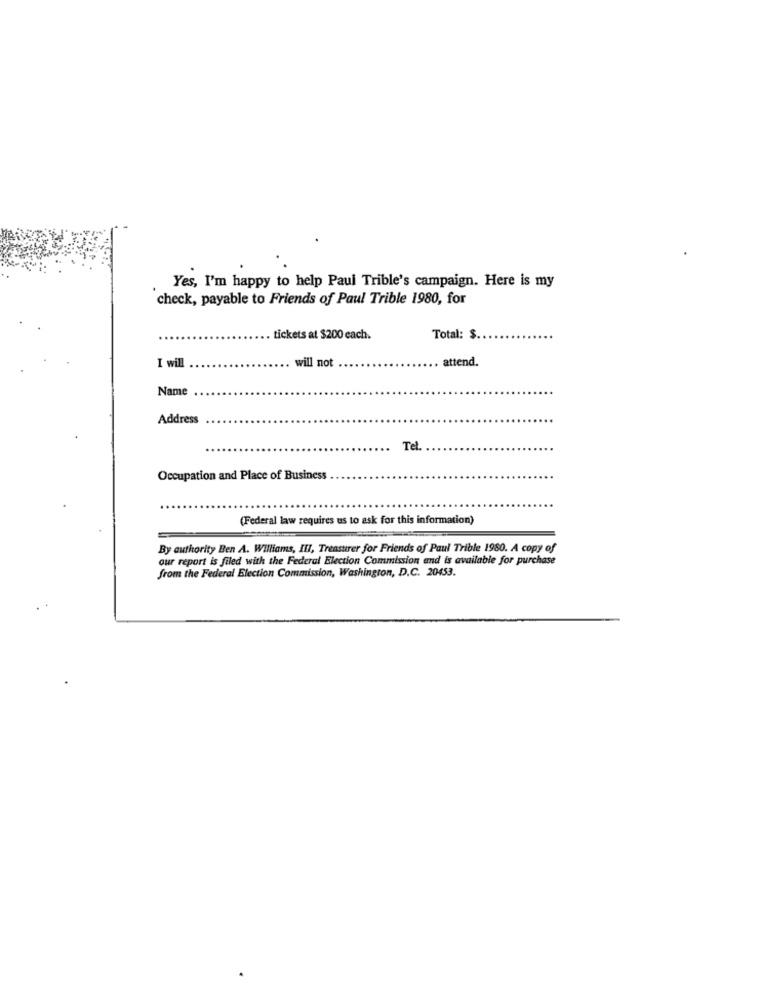
Yes, I'm happy to help Paul Trible's campaign. Here is my
check, payable to Friends of Paul Trible 1980, for
tickets at $200 each.
Total: $
I will
will not
attend.
Name
Address
Tel
Occupation and Place of Business
(Federal law requires us to ask for this information)
By authority Ben A. Williams, III, Treasurer for Friends of Paul Trible 1980. A copy of
our report is filed with the Federal Election Commission and is available for purchase
from the Federal Election Commission, Washington, D.C. 20453.